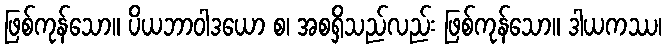
ဖြစ်ကုန်သော။ ပိယဘာဝါဒယော စ၊ အစရှိသည်လည်း ဖြစ်ကုန်သော။ ဒါယကဿ၊